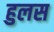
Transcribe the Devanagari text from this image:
हुलस